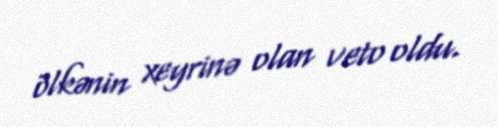
ölkənin xeyrinə olan veto oldu.